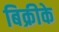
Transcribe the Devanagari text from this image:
बिक्रीके